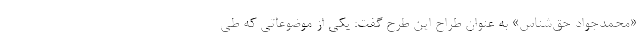
«محمدجواد حق‌شناس» به عنوان طراح این طرح گفت: یکی از موضوعاتی که طی